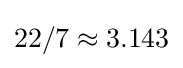
22/7\approx 3.143